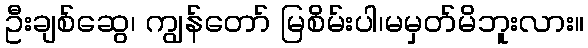
ဦးချစ်ဆွေ၊ ကျွန်တော် မြစိမ်းပါ၊မမှတ်မိဘူးလား။